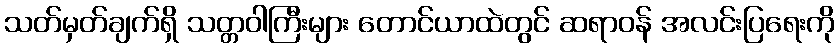
သတ်မှတ်ချက်ရှိ သတ္တဝါကြီးများ တောင်ယာထဲတွင် ဆရာဝန် အလင်းပြရေးကို